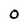
Character: 0